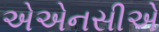
એએનસીએ